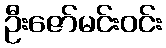
ဦးဇော်မင်းဝင်း